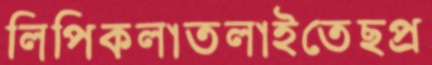
লিপিকলাতলাইতেছপ্র